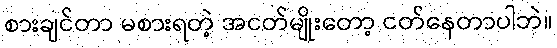
စားချင်တာ မစားရတဲ့ အငတ်မျိုးတော့ ငတ်နေတာပါဘဲ။